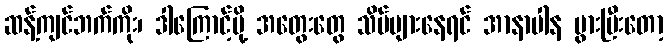
ဆန့်ကျင်ဘက်ကိုး၊ ဒါကြောင့်မို့ အတွေးတွေ သိပ်များနေရင် အာနာပါန ပွားပြီးတော့